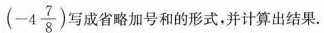
( - 4 \frac { 7 } { 8 } )$$写成省略加号和的形式,并计算出结果.